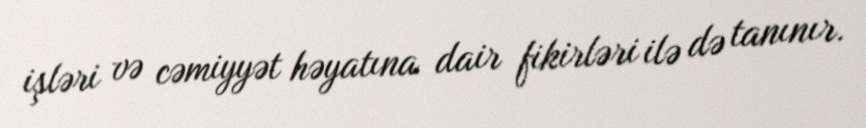
işləri və cəmiyyət həyatına dair fikirləri ilə də tanınır.